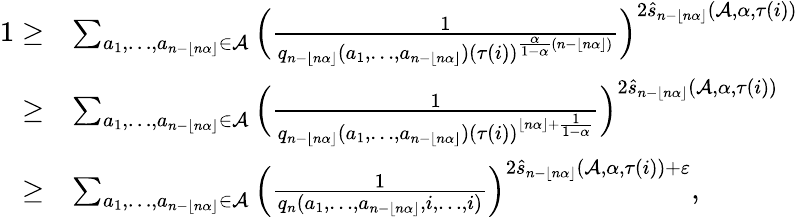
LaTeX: \begin{array}{rl}{1\ge}&{\sum_{a_{1},\ldots,a_{n-\lfloor n\alpha\rfloor}\in\mathcal{A}}\Big(\frac{1}{q_{n-\lfloor n\alpha\rfloor}(a_{1},\ldots,a_{n-\lfloor n\alpha\rfloor})(\tau(i))^{\frac{\alpha}{1-\alpha}(n-\lfloor n\alpha\rfloor)}}\Big)^{2\widehat{s}_{n-\lfloor n\alpha\rfloor}(\mathcal{A},\alpha,{\tau(i)})}}\\ {\ge}&{\sum_{a_{1},\ldots,a_{n-\lfloor n\alpha\rfloor}\in\mathcal{A}}\Big(\frac{1}{q_{n-\lfloor n\alpha\rfloor}(a_{1},\ldots,a_{n-\lfloor n\alpha\rfloor})(\tau(i))^{\lfloor n\alpha\rfloor+\frac{1}{1-\alpha}}}\Big)^{2\widehat{s}_{n-\lfloor n\alpha\rfloor}(\mathcal{A},\alpha,{\tau(i)})}}\\ {\ge}&{\sum_{a_{1},\ldots,a_{n-\lfloor n\alpha\rfloor}\in\mathcal{A}}\Big(\frac{1}{q_{n}(a_{1},\ldots,a_{n-\lfloor n\alpha\rfloor},i,\ldots,i)}\Big)^{2\widehat{s}_{n-\lfloor n\alpha\rfloor}(\mathcal{A},\alpha,{\tau(i)})+\varepsilon},}\end{array}